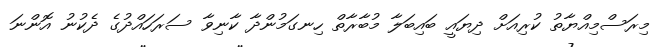
މިރަސްމިއްޔާތު ކުރިއަށް ދިޔައީ ބައިބަލާ މުބާރާތް ހިނގަމުންދާ ކާނިވާ ސަރަހައްދުގެ ދެކުނު އޮންނަ